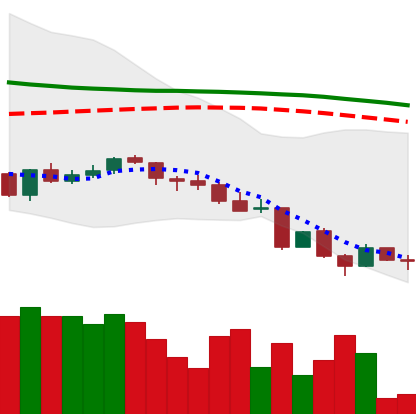
Ticker: LINK-USD
Chart end date: 2018-06-16
Forward return: -4.117%
Label: down_3_5